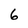
Character: 6